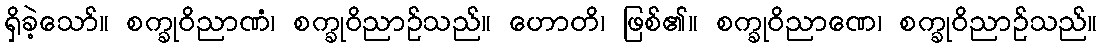
ရှိခဲ့သော်။ စက္ခုဝိညာဏံ၊ စက္ခုဝိညာဉ်သည်။ ဟောတိ၊ ဖြစ်၏။ စက္ခုဝိညာဏေ၊ စက္ခုဝိညာဉ်သည်။